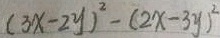
( 3 x - 2 y ) ^ { 2 } - ( 2 x - 3 y ) ^ { 2 }